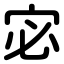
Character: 宓